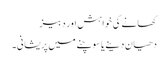
کھانے کی خواہش اور دبیز
دھیان دینے یا سوچنے میں پریشانی۔